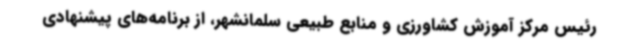
رئیس مرکز آموزش کشاورزی و منابع طبیعی سلمانشهر، از برنامه‌های پیشنهادی